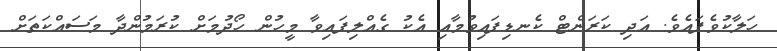
ހަލާކުވެފައެވެ. އަދި ކަރަންޓް ކެނޑިފައިވުމާއި އެކު ގެއްލިފައިވާ މީހުން ހޯދުމަށް ކުރަމުންދާ މަސައްކަތަށް